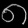
Digit: ၈